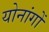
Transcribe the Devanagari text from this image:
योनांगों